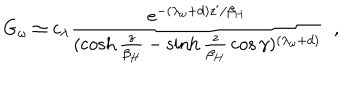
LaTeX: G _ { \omega } \simeq c _ { \lambda } { \frac { e ^ { - ( \lambda _ { \omega } + d ) z ^ { \prime } / \beta _ { H } } } { ( \cosh { \frac { z } { \beta _ { H } } } - \sinh { \frac { z } { \beta _ { H } } } \cos \gamma ) ^ { ( \lambda _ { \omega } + d ) } } } ~ ~ ,